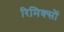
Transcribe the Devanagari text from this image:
रिमिक्सों